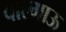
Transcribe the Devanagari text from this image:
वाल्गाऊ